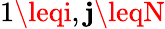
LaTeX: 1\leqi,\mathbf{j}\leqN